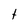
Character: t